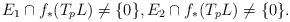
LaTeX: \begin{gather*}E_1 \cap f_*(T_pL) \not= \{ 0\},E_2 \cap f_*(T_pL) \not= \{ 0\}.\end{gather*}